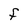
Character: F